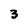
Character: 3